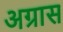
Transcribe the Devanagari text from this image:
अग्रास